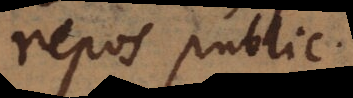
repos public.